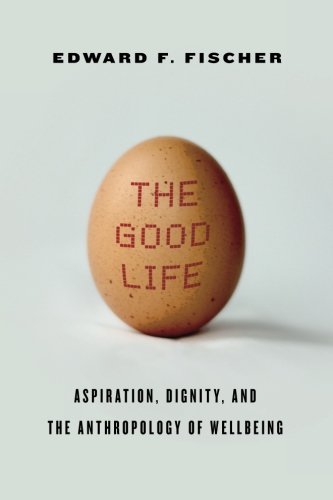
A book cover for The Good Life: Aspiration, Dignity, and the Anthropology of Wellbeing; Edward F. Fischer; Business & Money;